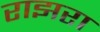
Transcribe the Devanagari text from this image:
राझरा